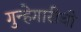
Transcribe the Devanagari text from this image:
गुन्हेगारीची